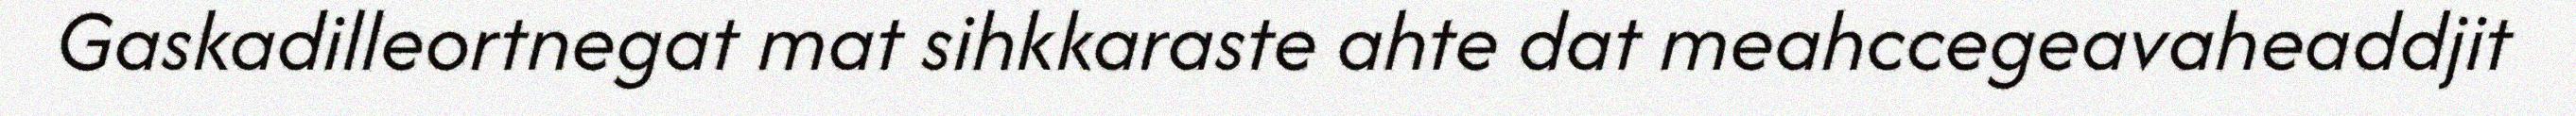
Gaskadilleortnegat mat sihkkaraste ahte dat meahccegeavaheaddjit